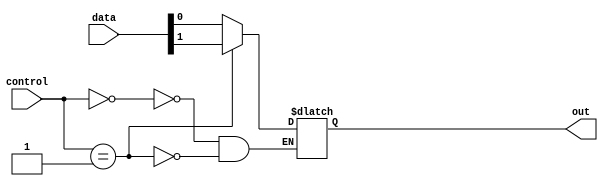
module multiplexer_512to1 (
    input [511:0] data,
    input [8:0] control,
    output reg out
);

always @(*)
begin
    case (control)
        9'b000000000: out = data[0];
        9'b000000001: out = data[1];
        // Add cases for all 512 input signals
    endcase
end

endmodule